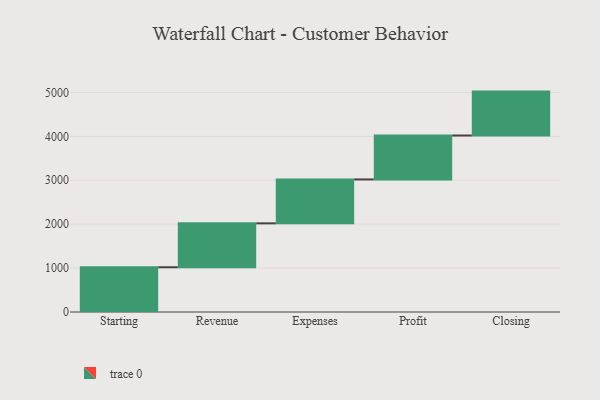
{"axis": {"x": "Step", "y": "Value"}, "legend": [""], "data": [{"x": "Starting", "y": 1019.0, "type": ""}, {"x": "Revenue", "y": 1000, "type": ""}, {"x": "Expenses", "y": 1000, "type": ""}, {"x": "Profit", "y": 1000, "type": ""}, {"x": "Closing", "y": 1000, "type": ""}]}